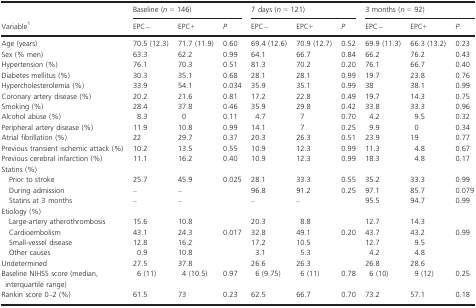
<table><thead><tr><td></td><td colspan="3"><b>Baseline (<i>n</i> = 146)</b></td><td colspan="3"><b>7 days (<i>n</i> = 121)</b></td><td colspan="3"><b>3 months (<i>n</i> = 92)</b></td></tr><tr><td><b>Variable1</b></td><td><b>EPC−</b></td><td><b>EPC+</b></td><td><b><i>P</i></b></td><td><b>EPC−</b></td><td><b>EPC+</b></td><td><b><i>P</i></b></td><td><b>EPC−</b></td><td><b>EPC+</b></td><td><b><i>P</i></b></td></tr></thead><tbody><tr><td>Age (years)</td><td>70.5 (12.3)</td><td>71.7 (11.9)</td><td>0.60</td><td>69.4 (12.6)</td><td>70.9 (12.7)</td><td>0.52</td><td>69.9 (11.3)</td><td>66.3 (13.2)</td><td>0.23</td></tr><tr><td>Sex (% men)</td><td>63.3</td><td>62.2</td><td>0.99</td><td>64.1</td><td>66.7</td><td>0.84</td><td>66.2</td><td>76.2</td><td>0.43</td></tr><tr><td>Hypertension (%)</td><td>76.1</td><td>70.3</td><td>0.51</td><td>81.3</td><td>70.2</td><td>0.20</td><td>76.1</td><td>66.7</td><td>0.40</td></tr><tr><td>Diabetes mellitus (%)</td><td>30.3</td><td>35.1</td><td>0.68</td><td>28.1</td><td>28.1</td><td>0.99</td><td>19.7</td><td>23.8</td><td>0.76</td></tr><tr><td>Hypercholesterolemia (%)</td><td>33.9</td><td>54.1</td><td>0.034</td><td>35.9</td><td>35.1</td><td>0.99</td><td>38</td><td>38.1</td><td>0.99</td></tr><tr><td>Coronary artery disease (%)</td><td>20.2</td><td>21.6</td><td>0.81</td><td>17.2</td><td>22.8</td><td>0.49</td><td>19.7</td><td>14.3</td><td>0.75</td></tr><tr><td>Smoking (%)</td><td>28.4</td><td>37.8</td><td>0.46</td><td>35.9</td><td>29.8</td><td>0.42</td><td>33.8</td><td>33.3</td><td>0.96</td></tr><tr><td>Alcohol abuse (%)</td><td>8.3</td><td>0</td><td>0.11</td><td>4.7</td><td>7</td><td>0.70</td><td>4.2</td><td>9.5</td><td>0.32</td></tr><tr><td>Peripheral artery disease (%)</td><td>11.9</td><td>10.8</td><td>0.99</td><td>14.1</td><td>7</td><td>0.25</td><td>9.9</td><td>0</td><td>0.34</td></tr><tr><td>Atrial fibrillation (%)</td><td>22</td><td>29.7</td><td>0.37</td><td>20.3</td><td>26.3</td><td>0.51</td><td>23.9</td><td>19</td><td>0.77</td></tr><tr><td>Previous transient ischemic attack (%)</td><td>10.2</td><td>13.5</td><td>0.55</td><td>10.9</td><td>12.3</td><td>0.99</td><td>11.3</td><td>4.8</td><td>0.67</td></tr><tr><td>Previous cerebral infarction (%)</td><td>11.1</td><td>16.2</td><td>0.40</td><td>10.9</td><td>12.3</td><td>0.99</td><td>18.3</td><td>4.8</td><td>0.17</td></tr><tr><td colspan="10">Statins (%)</td></tr><tr><td> Prior to stroke</td><td>25.7</td><td>45.9</td><td>0.025</td><td>28.1</td><td>33.3</td><td>0.55</td><td>35.2</td><td>33.3</td><td>0.99</td></tr><tr><td> During admission</td><td>–</td><td>–</td><td></td><td>96.8</td><td>91.2</td><td>0.25</td><td>97.1</td><td>85.7</td><td>0.079</td></tr><tr><td> Statins at 3 months</td><td>–</td><td>–</td><td></td><td>–</td><td>–</td><td></td><td>95.5</td><td>94.7</td><td>0.99</td></tr><tr><td colspan="10">Etiology (%)</td></tr><tr><td> Large-artery atherothrombosis</td><td>15.6</td><td>10.8</td><td></td><td>20.3</td><td>8.8</td><td></td><td>12.7</td><td>14.3</td><td></td></tr><tr><td> Cardioembolism</td><td>43.1</td><td>24.3</td><td>0.017</td><td>32.8</td><td>49.1</td><td>0.20</td><td>43.7</td><td>43.2</td><td>0.99</td></tr><tr><td> Small-vessel disease</td><td>12.8</td><td>16.2</td><td></td><td>17.2</td><td>10.5</td><td></td><td>12.7</td><td>9.5</td><td></td></tr><tr><td> Other causes</td><td>0.9</td><td>10.8</td><td></td><td>3.1</td><td>5.3</td><td></td><td>4.2</td><td>4.8</td><td></td></tr><tr><td>Undetermined</td><td>27.5</td><td>37.8</td><td></td><td>26.6</td><td>26.3</td><td></td><td>26.8</td><td>28.6</td><td></td></tr><tr><td>Baseline NIHSS score (median, interquartile range)</td><td>6 (11)</td><td>4 (10.5)</td><td>0.97</td><td>6 (9.75)</td><td>6 (11)</td><td>0.78</td><td>6 (10)</td><td>9 (12)</td><td>0.25</td></tr><tr><td>Rankin score 0–2 (%)</td><td>61.5</td><td>73</td><td>0.23</td><td>62.5</td><td>66.7</td><td>0.70</td><td>73.2</td><td>57.1</td><td>0.18</td></tr></tbody></table>